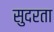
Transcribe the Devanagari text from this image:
सुदरता